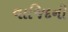
વાજિદની